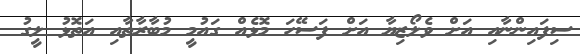
ސިފައިންނާއި އަށް ވެލޯޒިޔާ އަށް ފަސޭހަ މޮޅެއް ގައުމީ މުބާރާތާއި އަތޮޅު ލީގު